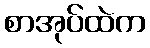
စာအုပ်ထဲက